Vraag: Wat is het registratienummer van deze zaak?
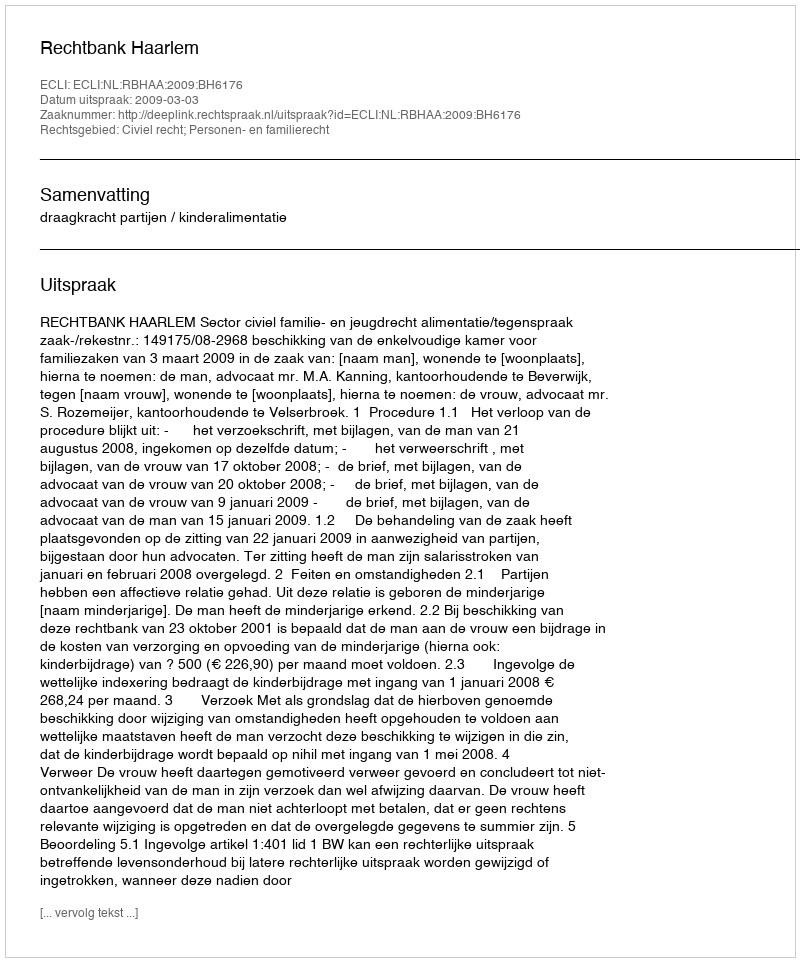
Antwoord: http://deeplink.rechtspraak.nl/uitspraak?id=ECLI:NL:RBHAA:2009:BH6176